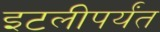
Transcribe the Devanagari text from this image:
इटलीपर्यंत